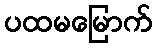
ပထမမြောက်